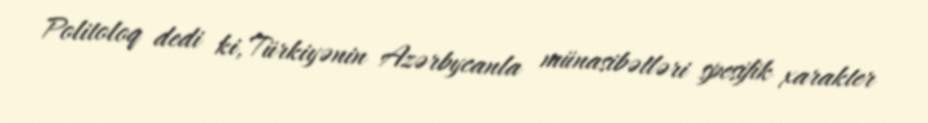
Politoloq dedi ki, Türkiyənin Azərbycanla münasibətləri spesifik xarakter